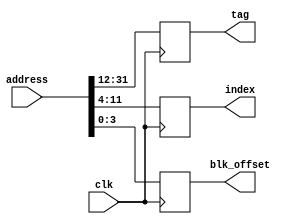
module cache_decoder(clk, address, tag, index, blk_offset);
    input clk;
    input [31:0] address;

    output [19:0] tag;
    output [7:0] index;
    output [3:0] blk_offset;

    always@(posedge clk)
    begin
        tag <= address[31:12];
        index <= address[11:4];
        blk_offset <= address[3:0];
    end
endmodule